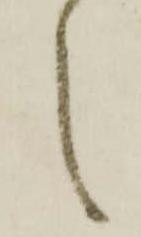
之